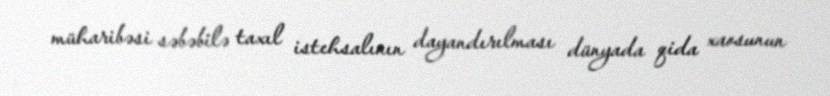
müharibəsi səbəbilə taxıl istehsalının dayandırılması dünyada qida xaosunun